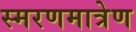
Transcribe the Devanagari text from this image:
स्मरणमात्रेण